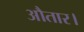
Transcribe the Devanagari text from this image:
औतार।